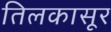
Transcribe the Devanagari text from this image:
तिलकासूर